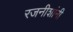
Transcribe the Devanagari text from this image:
रजनीशांनी